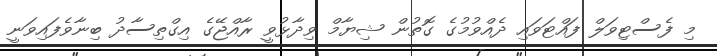
މި ފެސްޓިވަލް ފައްޓަވައި ދެއްވުމުގެ ގޮތުން ޝިޔާމް ވިދާޅުވީ ރާއްޖޭގެ އިގްތިސާދު ބިނާވެފައިވަނީ